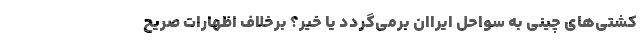
کشتی‌های چینی به سواحل ایراان برمی‌گردد یا خیر؟ برخلاف اظهارات صریح